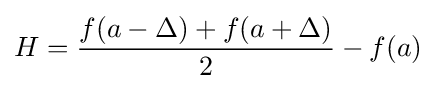
H={\frac {f(a-\Delta )+f(a+\Delta )}{2}}-f(a)